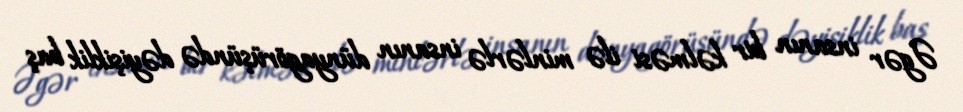
Əgər insanın bir kəlməsi ilə minlərlə insanın dünyagörüşündə dəyişiklik baş